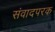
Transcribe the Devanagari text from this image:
संवादपरक